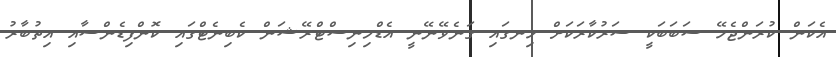
އެކަން ކުރަންޖެހޭ ސަބަބަކީ ސަރުކާރަކަށް ހިނގައި ގަނެވޭނޭނީ އެޑްމިނިސްޓްރޭޝަން ކެބިނެޓްގައި ކޮންފިޑެންސާއި އިތުބާރު